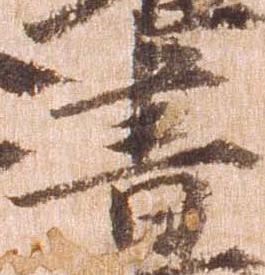
書